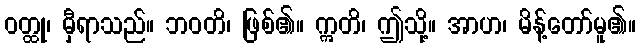
ဝတ္ထု၊ မှီရာသည်။ ဘဝတိ၊ ဖြစ်၏။ ဣတိ၊ ဤသို့။ အာဟ၊ မိန့်တော်မူ၏။